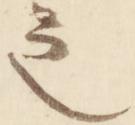
之